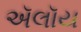
ઍલૉય